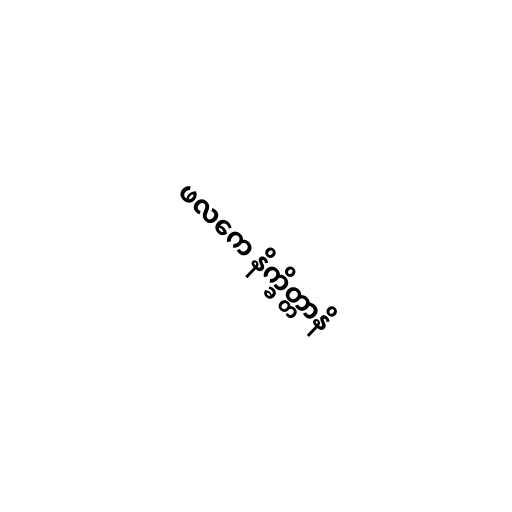
ဖလကေ နိက္ခိတ္တာနိ